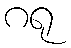
ဂရု